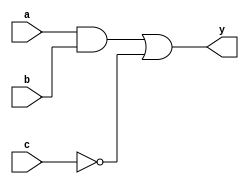
module combinational_logic(
    input wire a,
    input wire b,
    input wire c,
    output reg y
);

// Combinational Logic Block
always @(*) begin
    // Example logic operations
    y = (a & b) | (~c); // Output is true if a AND b is true or c is false
end

endmodule